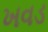
ખવડ